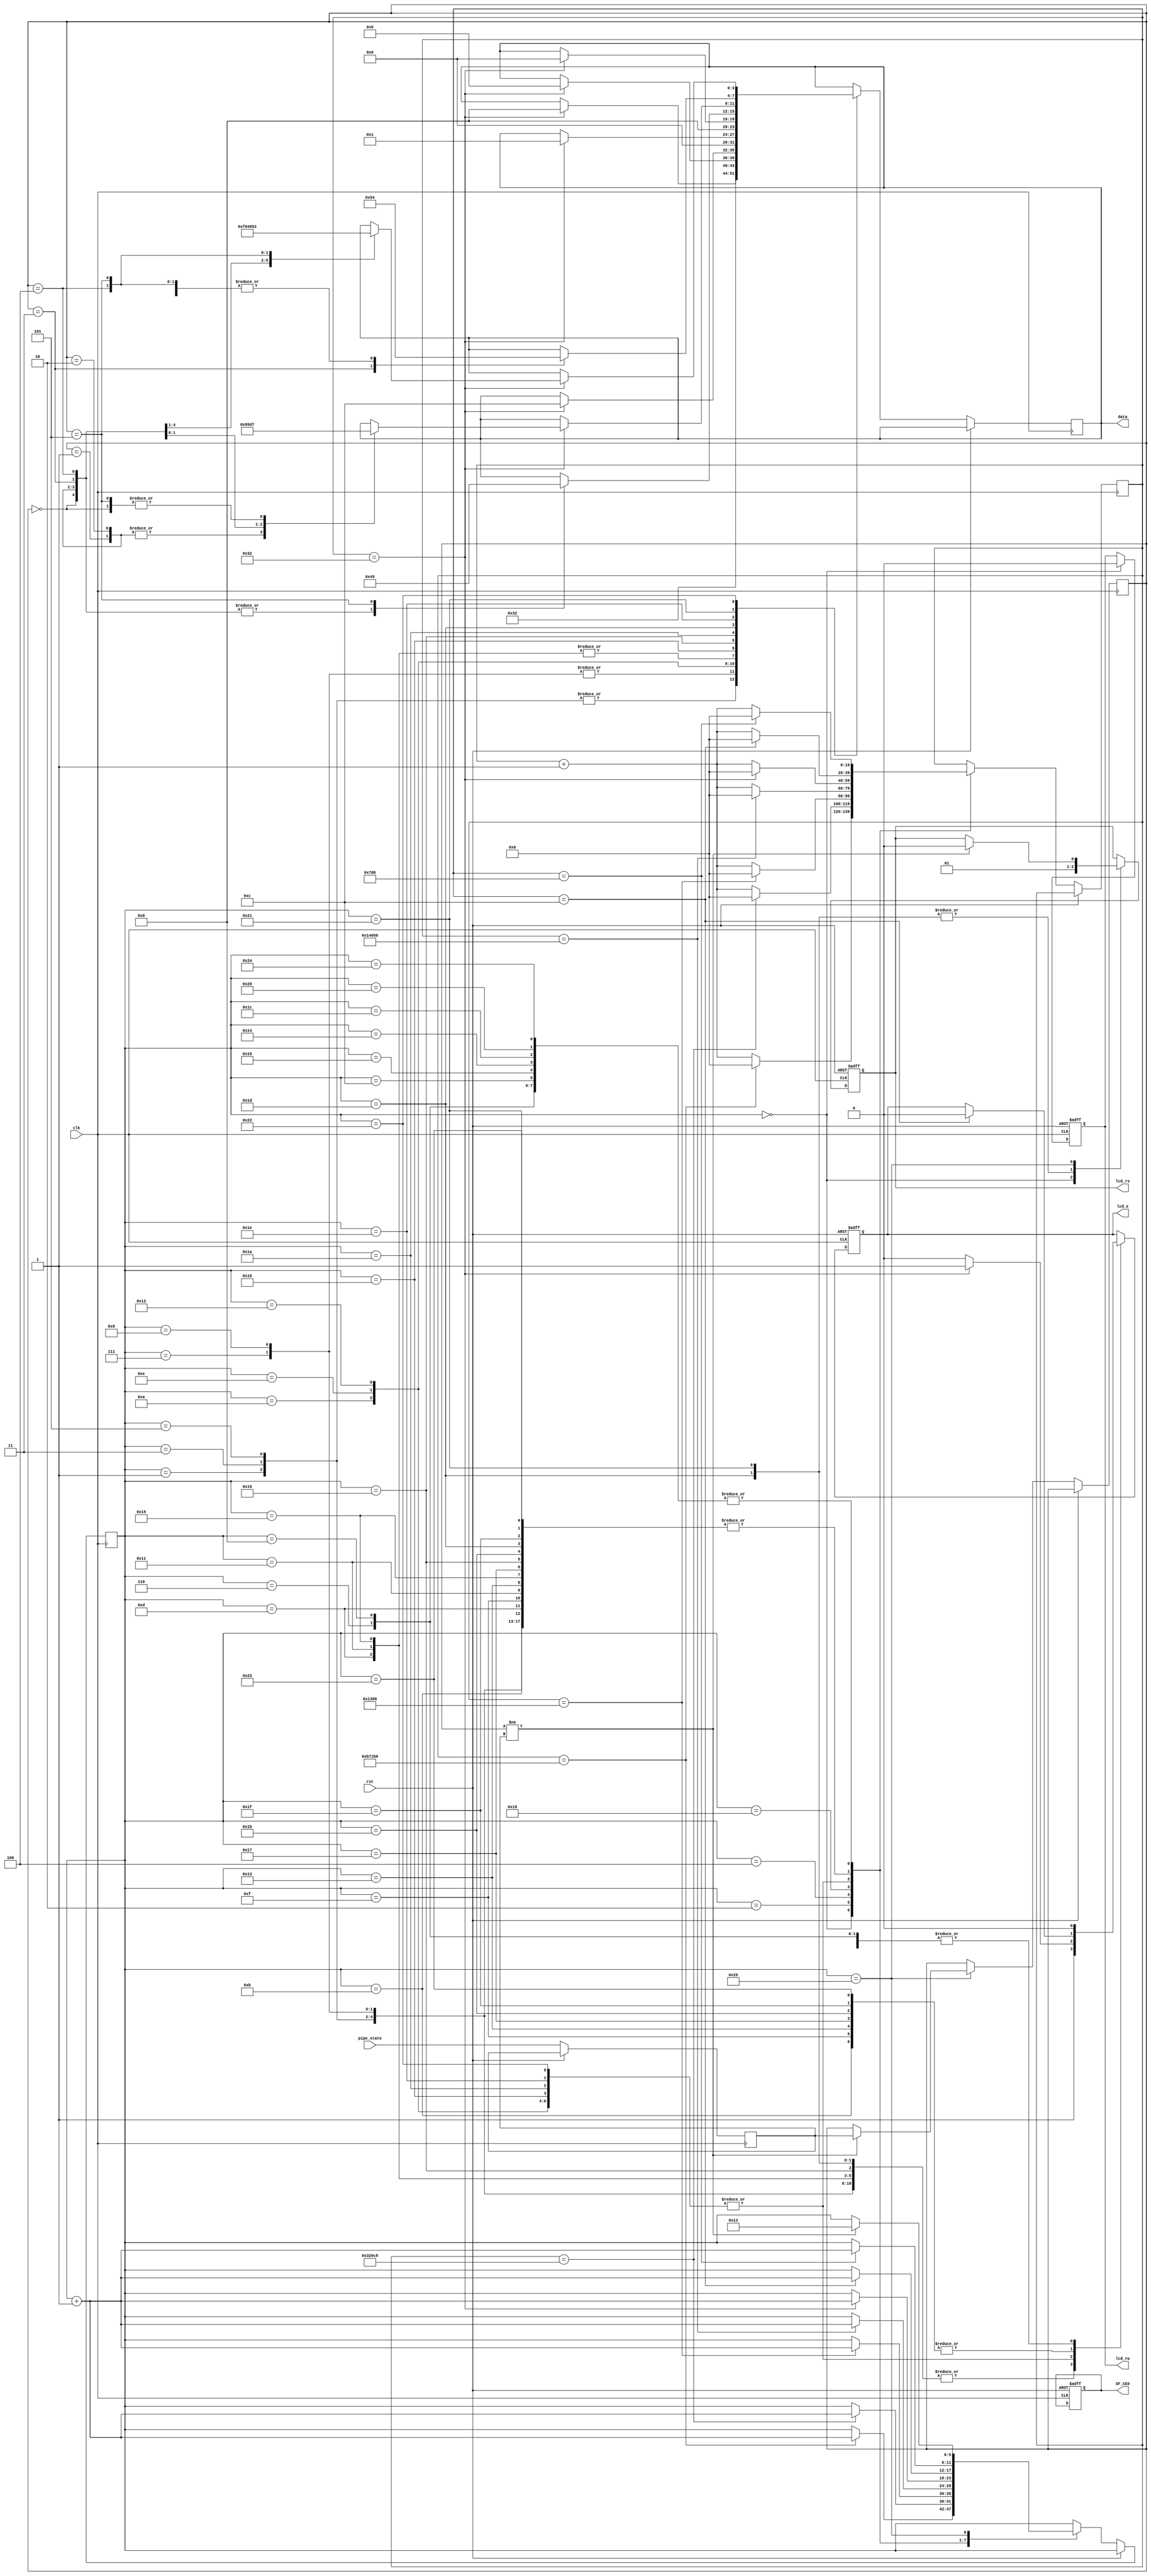
`timescale 1ns / 1ps
//////////////////////////////////////////////////////////////////////////////////
// Company:
// Engineer:
//
// Design Name:
// Module Name:    lcd_module
// Project Name:
// Target Devices:
// Tool versions:
// Description:
//
// Dependencies:
//
// Revision:
// Revision 0.01 - File Created
// Additional Comments:
//
//////////////////////////////////////////////////////////////////////////////////
module lcd_module (clk,
                   pipe_state,
                   rst,
                   data,
                   lcd_e,
                   lcd_rw,
                   lcd_rs,
                   SF_CE0);
    input clk;
    input rst;
    input [2:0] pipe_state;
    output wire [3:0] data;   // LCD 4 bit data
    output reg SF_CE0;
    output reg lcd_e;
    output reg lcd_rw;
    output reg lcd_rs;
    
    reg [3:0] lcd_cmd;
    reg [5:0] state = 0;
    reg [2:0] past_data;
	 reg [2:0] current_data;
    
    //reg init_done, disp_done;
    //reg init_done;
    reg [19:0]count = 0;
    
    assign data = lcd_cmd;
    
    initial begin
        past_data = 3'b0;
    end
    
    always @(posedge clk or posedge rst) begin		  
        if (rst) begin
            lcd_e     <= 0;
            //init_done <= 0;
            lcd_rs    <= 0;
            lcd_rw    <= 0;
            SF_CE0    <= 1'b1;  // disable strata enable signal
        end
        else begin
				current_data <= pipe_state;
            case(state)
                0:begin     // IDLE state
                    lcd_e  <= 0;
                    lcd_rw <= 0;
                    lcd_rs <= 0;
                    if (count == 750000) begin
                        count <= 0;
                        state <= state + 1;
                    end
                    else
                    count <= count + 1;
                end
                
                1:begin
                    lcd_e   <= 1;
                    lcd_cmd <= 4'h3;
                    if (count == 12) begin
                        count <= 0;
                        state <= state + 1;
                    end
                    else
                    count <= count + 1;
                end
                
                2:begin
                    lcd_e      <= 0;
                    // lcd_cmd <= 4'h3;
                    if (count == 205000) begin
                        count <= 0;
                        state <= state + 1;
                    end
                    else
                    count <= count + 1;
                end
                
                3:begin
                    lcd_e   <= 1;
                    lcd_cmd <= 4'h3;
                    if (count == 12) begin
                        count <= 0;
                        state <= state + 1;
                    end
                    else
                    count <= count + 1;
                end
                
                4:begin
                    lcd_e      <= 0;
                    // lcd_cmd <= 4'h3;
                    if (count == 5000) begin
                        count <= 0;
                        state <= state + 1;
                    end
                    else
                    count <= count + 1;
                end
                
                5:begin
                    lcd_e   <= 1;
                    lcd_cmd <= 4'h3;
                    if (count == 12) begin
                        count <= 0;
                        state <= state + 1;
                    end
                    else
                    count <= count + 1;
                end
                
                6:begin
                    lcd_e      <= 0;
                    // lcd_cmd <= 4'h3;
                    if (count == 2000) begin
                        count <= 0;
                        state <= state + 1;
                    end
                    else
                    count <= count + 1;
                end
                
                7:begin
                    lcd_e   <= 1;
                    lcd_cmd <= 4'h2;
                    if (count == 12) begin
                        count <= 0;
                        state <= state + 1;
                    end
                    else
                    count <= count + 1;
                end
                
                8:begin
                    lcd_e      <= 0;
                    // lcd_cmd <= 4'h3;
                    if (count == 2000) begin
                        count     <= 0;
                        state     <= state + 1;
                        //init_done <= 1;
                    end
                    else
                    count <= count + 1;
                end
                // initialization done
                
                9:begin
                    lcd_e   <= 1;
                    lcd_cmd <= 4'h2;
                    if (count == 12) begin
                        count <= 0;
                        state <= state + 1;
                    end
                    else
                    count <= count + 1;
                end
                
                10:begin
                    lcd_e <= 0;
                    if (count == 50) begin
                        lcd_e   <= 1;
                        lcd_cmd <= 4'h8;
                        count   <= 0;
                        state   <= state + 1;
                    end
                    else
                    count <= count + 1;
                end
                
                11:begin
                    if (count == 12) begin
                        lcd_e <= 0;
                        count <= 0;
                        state <= state + 1;
                    end
                    else
                    count <= count + 1;
                end
                // end of 8 bit function set command
                12:begin
                    if (count == 2000) begin
                        count <= 0;
                        state <= state + 1;
                    end
                    else
                    count <= count + 1;
                end
                
                // start of entry mode set command = 06h
                13:begin
                    lcd_e   <= 1;
                    lcd_cmd <= 4'h0;
                    if (count == 12) begin
                        count <= 0;
                        state <= state + 1;
                    end
                    else
                    count <= count + 1;
                end
                
                14:begin
                    lcd_e <= 0;
                    if (count == 50) begin
                        lcd_e   <= 1;
                        lcd_cmd <= 4'h6;
                        count   <= 0;
                        state   <= state + 1;
                    end
                    else
                    count <= count + 1;
                end
                
                15:begin
                    if (count == 12) begin
                        lcd_e <= 0;
                        count <= 0;
                        state <= state + 1;
                    end
                    else
                    count <= count + 1;
                end
                // end of 8 bit entry mode set command
                
                16:begin
                    if (count == 2000) begin
                        count <= 0;
                        state <= state + 1;
                    end
                    else
                    count <= count + 1;
                end
                
                // start of display on off command
                
                17:begin
                    lcd_e   <= 1;
                    lcd_cmd <= 4'h0;
                    if (count == 12) begin
                        count <= 0;
                        state <= state + 1;
                    end
                    else
                    count <= count + 1;
                end
                
                18:begin
                    lcd_e      <= 0;
                    // lcd_cmd <= 4'h0;
                    if (count == 50) begin
                        lcd_e   <= 1;
                        lcd_cmd <= 4'hc;
                        count   <= 0;
                        state   <= state + 1;
                    end
                    else
                    count <= count + 1;
                end
                
                19:begin
                    if (count == 12) begin
                        lcd_e <= 0;
                        count <= 0;
                        state <= state + 1;
                    end
                    else
                    count <= count + 1;
                end
                // end of 8 bit display on off command
                
                20:begin
                    if (count == 2000) begin
                        count <= 0;
                        state <= state + 1;
                    end
                    else
                    count <= count + 1;
                end
                
                // start of clear display command
                21:begin
                    lcd_e   <= 1;
                    lcd_cmd <= 4'h0;
                    if (count == 12) begin
                        count <= 0;
                        state <= state + 1;
                    end
                    else
                    count <= count + 1;
                end
                
                22:begin
                    lcd_e <= 0;
                    if (count == 50) begin
                        lcd_e   <= 1;
                        lcd_cmd <= 4'h1;
                        count   <= 0;
                        state   <= state + 1;
                    end
                    else
                    count <= count + 1;
                end
                
                23:begin
                    if (count == 12) begin
                        lcd_e <= 0;
                        count <= 0;
                        state <= state + 1;
                    end
                    else
                    count <= count + 1;
                end
                // end of 8 bit clear display command
                
                24:begin
                    if (count == 82000) begin
                        count <= 0;
                        state <= state + 1;
                    end
                    else
                    count <= count + 1;
                end
                
                25:begin
                    lcd_e   <= 1;
                    lcd_cmd <= 4'h8;
                    if (count == 12) begin
                        count <= 0;
                        state <= state + 1;
                    end
                    else
                    count <= count + 1;
                end
                
                26:begin
                    lcd_e <= 0;
                    if (count == 50) begin
                        lcd_e   <= 1;
                        lcd_cmd <= 4'h0;
                        count   <= 0;
                        state   <= state + 1;
                    end
                    else
                    count <= count + 1;
                end
                
                27:begin
                    if (count == 12) begin
                        lcd_e <= 0;
                        count <= 0;
                        state <= state + 1;
                    end
                    else
                    count <= count + 1;
                end
                
                28:begin
                    if (count == 2000) begin
                        count <= 0;
                        state <= state + 1;
                    end
                    else
                    count <= count + 1;
                end
                
                // Display character 1
                
                29:begin
                    lcd_e  <= 1;
                    lcd_rs <= 1;
                    case (past_data)
                        0:lcd_cmd <= 4'h4;
                        1:lcd_cmd <= 4'h4;
                        2:lcd_cmd <= 4'h4;
                        3:lcd_cmd <= 4'h4;
                        4:lcd_cmd <= 4'h4;
                        5:lcd_cmd <= 4'h5;
                    endcase
                    if (count == 12) begin
                        count <= 0;
                        state <= state + 1;
                    end
                    else
                    count <= count + 1;
                end
                
                30:begin
                    lcd_e <= 0;
                    if (count == 50) begin
                        lcd_e <= 1;
                        case (past_data)
                            0:lcd_cmd <= 4'h7;
                            1:lcd_cmd <= 4'h9;
                            2:lcd_cmd <= 4'h9;
                            3:lcd_cmd <= 4'h5;
                            4:lcd_cmd <= 4'hD;
                            5:lcd_cmd <= 4'h7;
                        endcase
                        count <= 0;
                        state <= state + 1;
                    end
                    else
                    count <= count + 1;
                end
                
                31:begin
                    if (count == 12) begin
                        lcd_e <= 0;
                        count <= 0;
                        state <= state + 1;
                    end
                    else
                    count <= count + 1;
                end
                
                32:begin
                    if (count == 2000) begin
                        count <= 0;
                        state <= state + 1;
                    end
                    else
                    count <= count + 1;
                end
                // end of 8 bit data transfer
                
                // Display character 0
                
                33:begin
                    lcd_e  <= 1;
                    lcd_rs <= 1;
                    case (past_data)
                        0:lcd_cmd <= 4'h4;
                        1:lcd_cmd <= 4'h4;
                        2:lcd_cmd <= 4'h4;
                        3:lcd_cmd <= 4'h5;
                        4:lcd_cmd <= 4'h4;
                        5:lcd_cmd <= 4'h4;
                    endcase
                    if (count == 12) begin
                        count <= 0;
                        state <= state + 1;
                    end
                    else
                    count <= count + 1;
                end
                
                34:begin
                    lcd_e <= 0;
                    if (count == 50) begin
                        lcd_e <= 1;
                        case (past_data)
                            0:lcd_cmd <= 4'hF;
                            1:lcd_cmd <= 4'h6;
                            2:lcd_cmd <= 4'h4;
                            3:lcd_cmd <= 4'h8;
                            4:lcd_cmd <= 4'h5;
                            5:lcd_cmd <= 4'h2;
                        endcase
                        count <= 0;
                        state <= state + 1;
                    end
                    else
                    count <= count + 1;
                end
                
                
                35:begin
                    if (count == 12) begin
                        lcd_e <= 0;
                        count <= 0;
                        state <= state + 1;
                    end
                    else
                    count <= count + 1;
                end
                
                36:begin
                    if (count == 2000) begin
                        count <= 0;
                        state <= state + 1;
                    end
                    else
                    count <= count + 1;
                end
                
                37: begin
						  lcd_e <= 0;
                    if (past_data != current_data) begin
								lcd_rs <= 0;
								//lcd_rw <= 0;
                        past_data <= current_data;
                        state     <= 6'd19;
                    end
                end
            endcase
            
        end
    end
    
endmodule